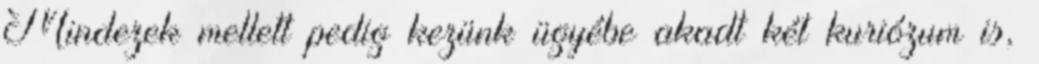
Mindezek mellett pedig kezünk ügyébe akadt két kuriózum is,